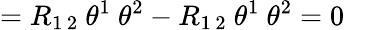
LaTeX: =R_{1\, 2}\ \theta^{1}\ \theta^{2}-R_{1\, 2}\ \theta^{1}\ \theta^{2}=0\quad